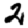
Digit: 2